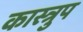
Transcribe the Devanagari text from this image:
कास्त्रुप